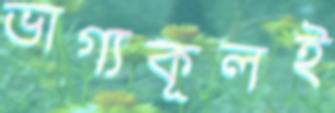
ভাগ্যকূলই